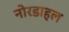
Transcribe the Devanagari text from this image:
नोरडाहल